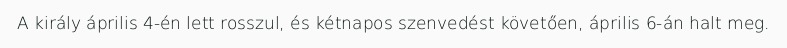
A király április 4-én lett rosszul, és kétnapos szenvedést követően, április 6-án halt meg.